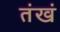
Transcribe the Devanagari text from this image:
तंखं